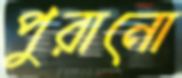
পুরানো